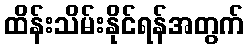
ထိန်းသိမ်းနိုင်ရန်အတွက်